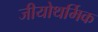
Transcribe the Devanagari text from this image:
जीयोथर्मिक